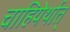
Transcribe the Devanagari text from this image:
चाहियेर्थात्